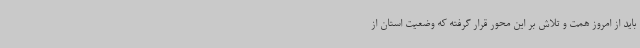
باید از امروز همت و تلاش بر این محور قرار گرفته که وضعیت استان از